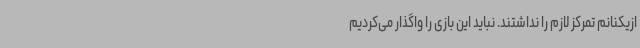
ازیکنانم تمرکز لازم را نداشتند. نباید این بازی را واگذار می‌کردیم